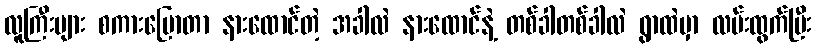
လူကြီးများ စကားပြောတာ နားထောင်တဲ့ အခါလဲ နားထောင်နဲ့ တစ်ခါတစ်ခါလဲ ရွာထဲမှာ လမ်းထွက်ပြီး